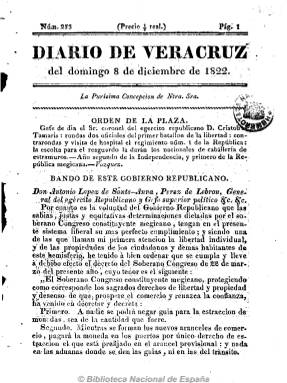
Título: Diario de Veracruz
Colección: Periódicos anteriores a 1850
Ámbito geográfico: México
Lugar de publicación: Veracruz
Fechas: 08/12/1822-28/02/1823

Es considerado como sucesor de Diario político y mercantil de Veracruz (1820) y también se conoce la existencia de un Diario de Veracruz en 1821. De carácter político y republicano, apoya la rebelión del general Antonio López de Santa Anna, y su fundación y dirección se le atribuye a Joaquín María Castillo Lanzas, diplomático que después sería alto funcionario de la república mexicana. Combatió por tanto al emperador Agustín Iturbide. Cada número comienza con el santoral y le siguen artículos de oficio, como la orden militar diaria de la plaza. En diciembre de 1822, publica el Bando del Gobierno Republicano, el Manifiesto a la gran nación mexicana, una carta de Iturbide, así como proclamas, avisos y noticias de los acontecimientos de la revolución mexicana, etc.

Fue impreso en la oficina de Priani y Socio, en números de cuatro páginas y editó suplementos y números extraordinarios. Debió empezar a publicarse en 1822 y se conoce el número 472, correspondiente al 21 de julio de 1823. Su colección en la Biblioteca Nacional de España incluye un impreso titulado “Carta del general de S. Juan de Ulua: diálogo sexto entre el Jarocho y el Comerciante”, impreso por los hermanos Moreno en su imprenta Liberal, fechado en Puebla el 28 de febrero de 1823, referido a las luchas políticas entre los iturbidistas y los republicanos mexicanos.